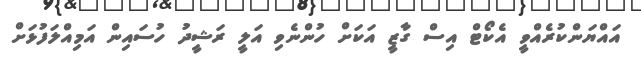
އައްޔަންކުރެއްވީ އެކޯޓް އިސް ގާޒީ އަކަށް ހުންނެވި އަލީ ރަޝީދު ހުސައިން އަމިއްލަފުޅަށް